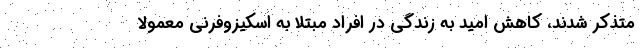
متذکر شدند، کاهش امید به زندگی در افراد مبتلا به اسکیزوفرنی معمولاً